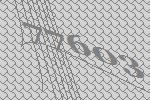
77603